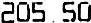
205.50